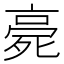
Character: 𣨻